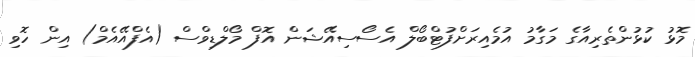
މޮޅު ކުޅުންތެރިއާގެ މަގާމު އުމެއިރަށްފުޓްބޯލް އެސޯސިއޭޝަން އޮފް މޯލްޑިވްސް (އެފްއޭއެމް) އިން ހޮވި